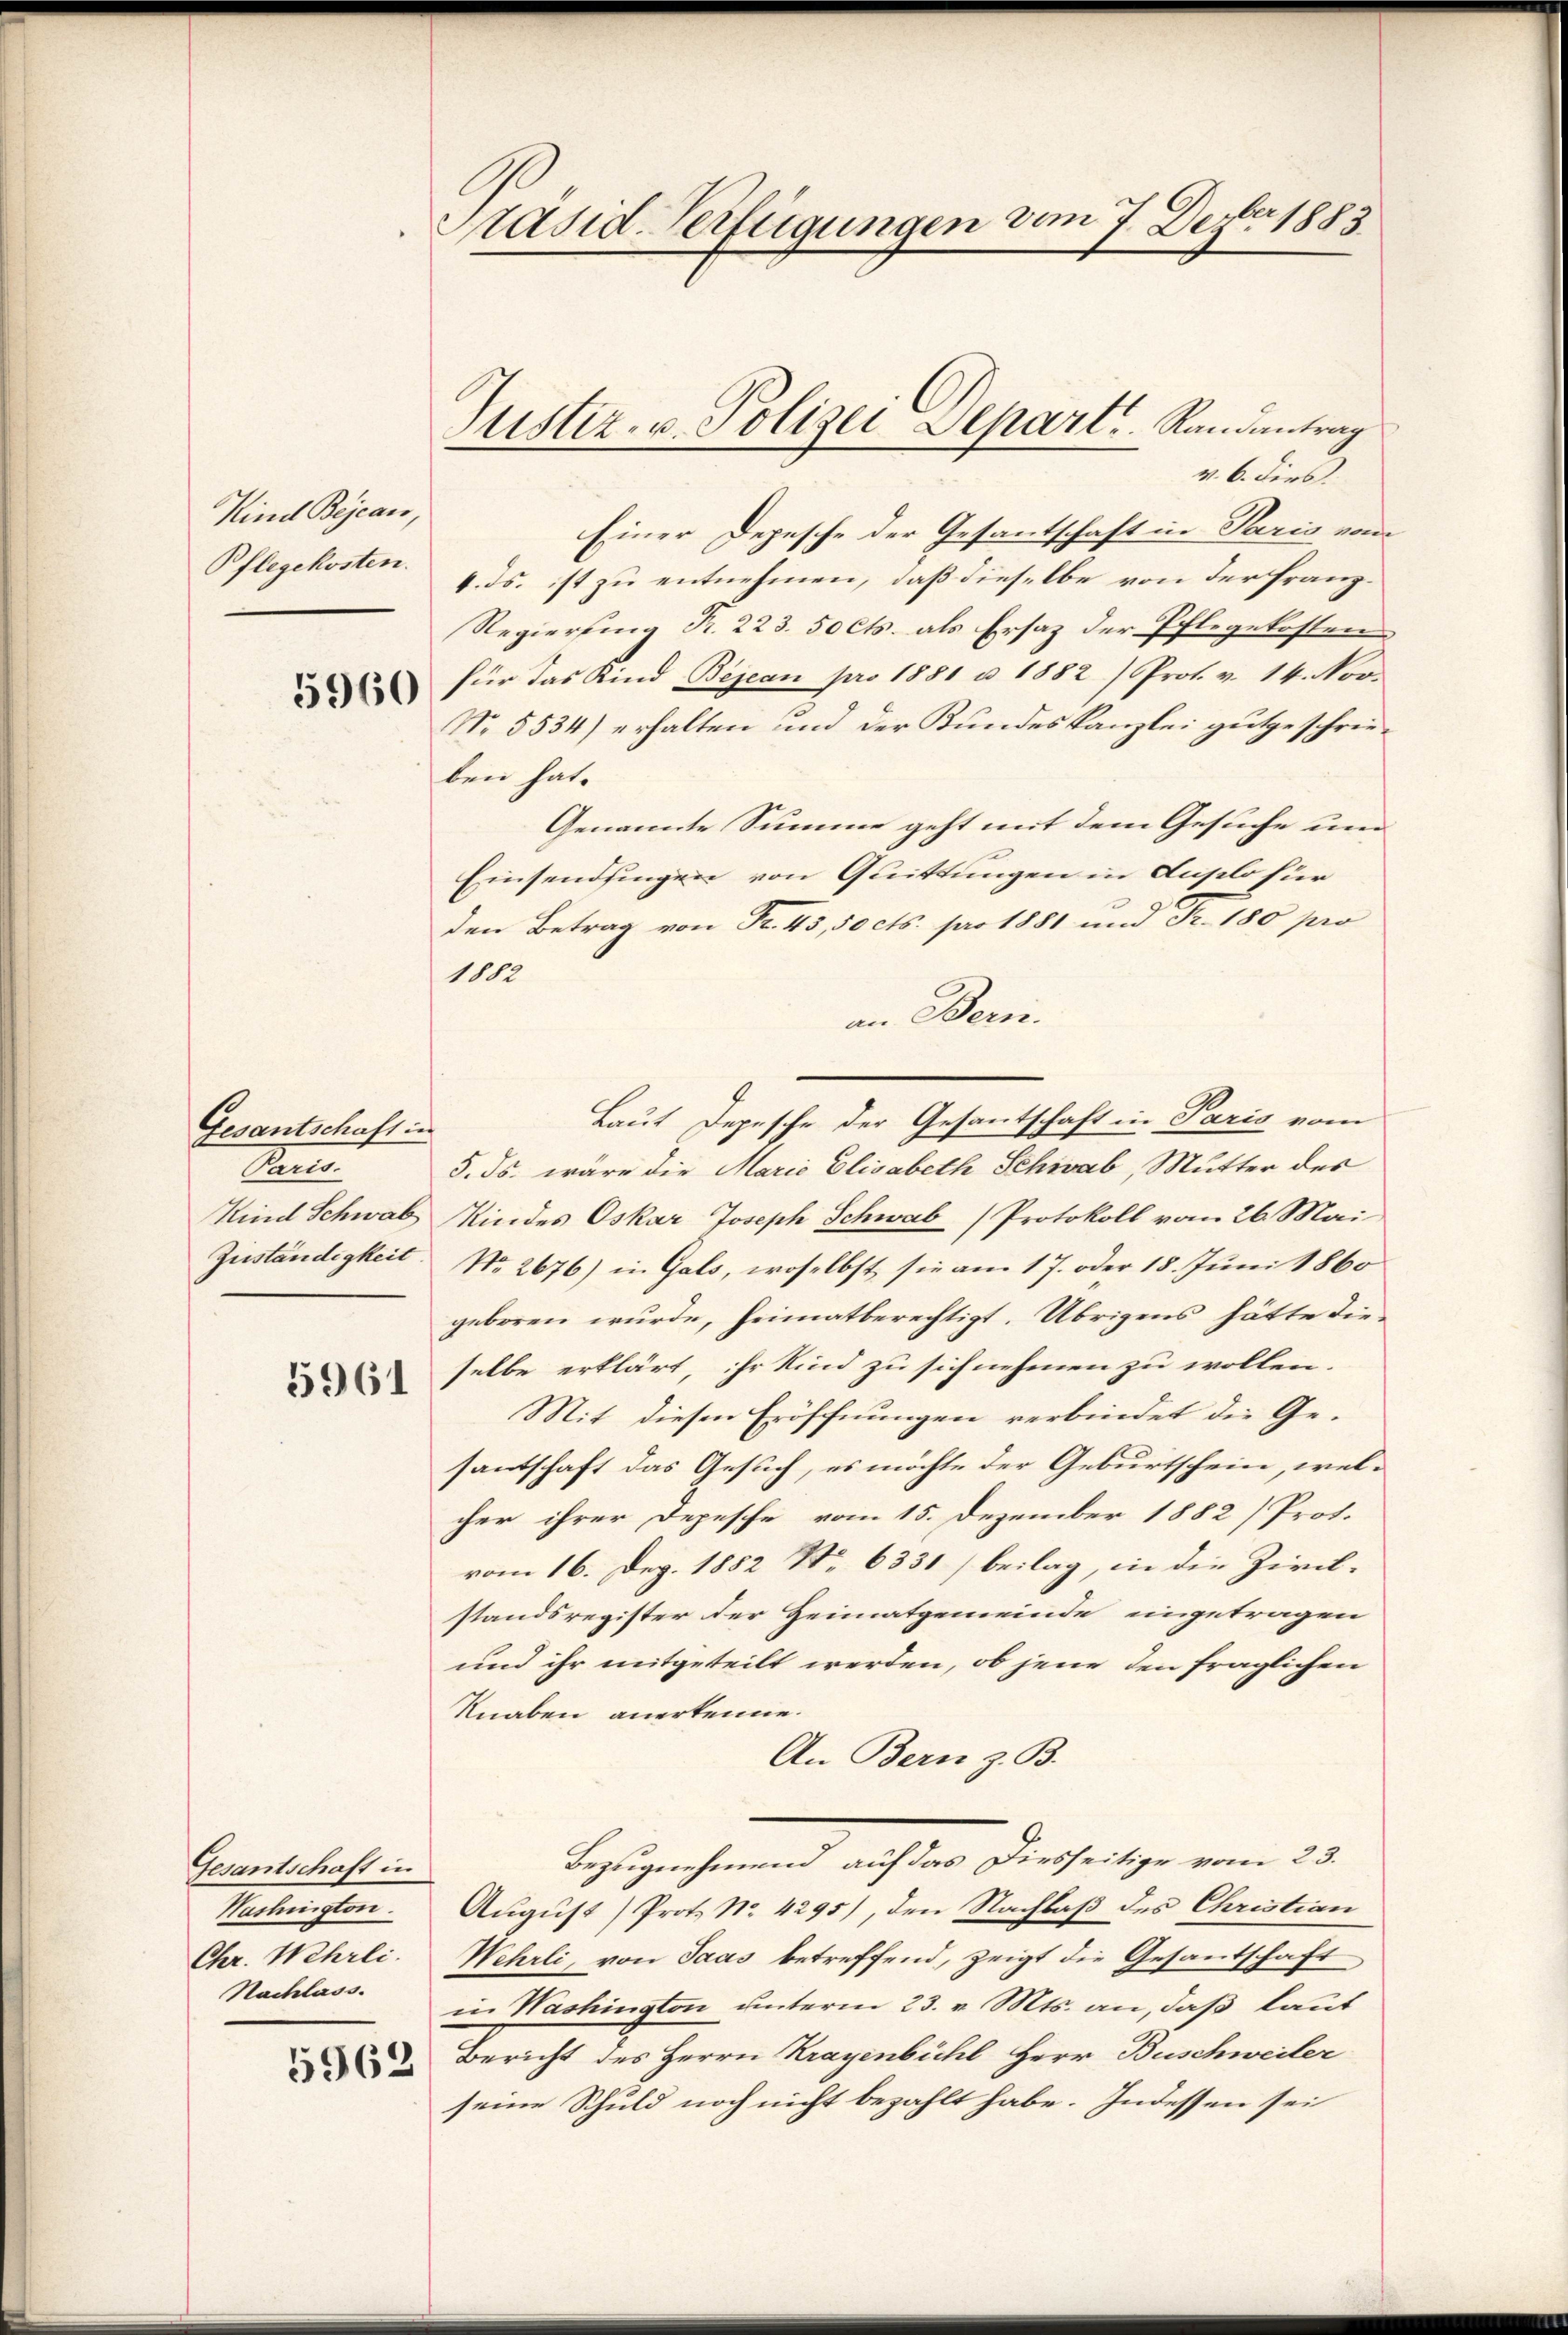
Kind Bejean,
Pflegekosten.

5960

Gesantschaft in
Pan

5961

Gesandtschaft in
Washington.
Chr. Wehrli.
Nachlass.

5962

Präsid-Verfügungen vom 7. Dezbr 1883

v. 6. dies
Einer Depesche der Gesantschaft in Paris vom
4. ds. ist zu entnehmen, daß dieselbe von der Franz¬
Regierung R. 223. 50 Cts. als Ersatz der Pflegekosten
für das Kind Bejean pro 1881 u 1882 /Prot. v. 14. Nov.
No. 5534) erhalten und der Kundeskanzlei gutgeschrieben hat.
Genannte Summe geht mit dem Gesuche und
Einsendsingen von Quittungen in Auslo für
den Betrag von Fr. 45, 50 cts. pro 1881 und Fr. 180 pro
1812
an Bern.
Laut Depesche der Gesantschaft in Paris vom
5. ds. wäre die Maria Elisabeth Schwab, Mutter des
Kind Schwab Kindes Oskar Joseph Schwab (Protokoll vom 26. Mai
Zuständigkeit. No. 2676) in Gals, woselbst sie am 17. oder 18. Juni 1860
geboren wurde, heimatberechtigt. Übrigens hätte dieselbe erklärt, ihr Kind zu sich nehmen zu wollen.
Mit diesen Eröffnungen verbindet die Ge-
santschaft das Gesuch, es möchte der Geburtschein, welcher ihrer Depesche vom 15. Dezember 1882) Prot.
vom 16. Dez. 1882 No 6331) beilag, in die Zivilstandsregister der Heimatgemeinde ungetragen
und ihr mitgeteilt werden, ob jene den fraglichen
Knaben anerkenne.
An Bern z. B.
Bezugnehmend auf das Diesseitige vom 23.
August) Prot. No. 4295), den Nachlaß des Christian
Wehrli, von Jaas betreffend, zeigt die Gesantschaft
in Washington unterm 23. v. Mts. an, daß laut
Bericht des Herrn Kragenbühl Herr Buschweiler
seine Schuld noch nicht bezahlt habe. Indessen sei

Justiz- u. Polizei Depart ..  Randantrag